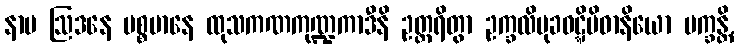
နာမ ဩဒနေ ပစ္စမာနေ ထုသကဏကုဏ္ဍကာဒီနိ ဥတ္တရိတွာ ဥက္ခလိမုခဝဋ္ဋိပိဓာနိယော မက္ခန္တိ,